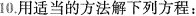
10.用适当的方法解下列方程：